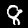
Digit: 8